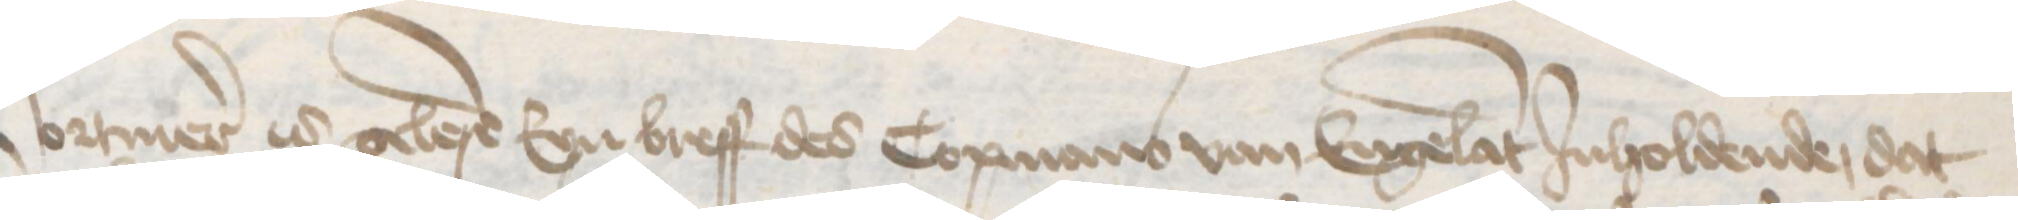
Vormer is gelese Eyn breff des Copmans van Engelant Jnholdende, dat